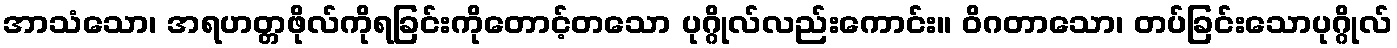
အာသံသော၊ အရဟတ္တဖိုလ်ကိုရခြင်းကိုတောင့်တသော ပုဂ္ဂိုလ်လည်းကောင်း။ ဝိဂတာသော၊ တပ်ခြင်းသောပုဂ္ဂိုလ်